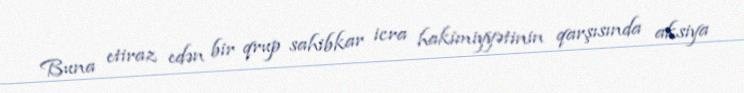
Buna etiraz edən bir qrup sahibkar icra hakimiyyətinin qarşısında aksiya